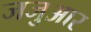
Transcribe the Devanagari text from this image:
जजुआर